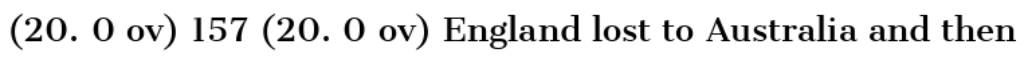
(20. 0 ov) 157 (20. 0 ov) England lost to Australia and then